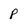
Character: p